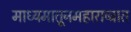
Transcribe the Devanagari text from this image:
माध्यमातूनमहाराष्ट्रात